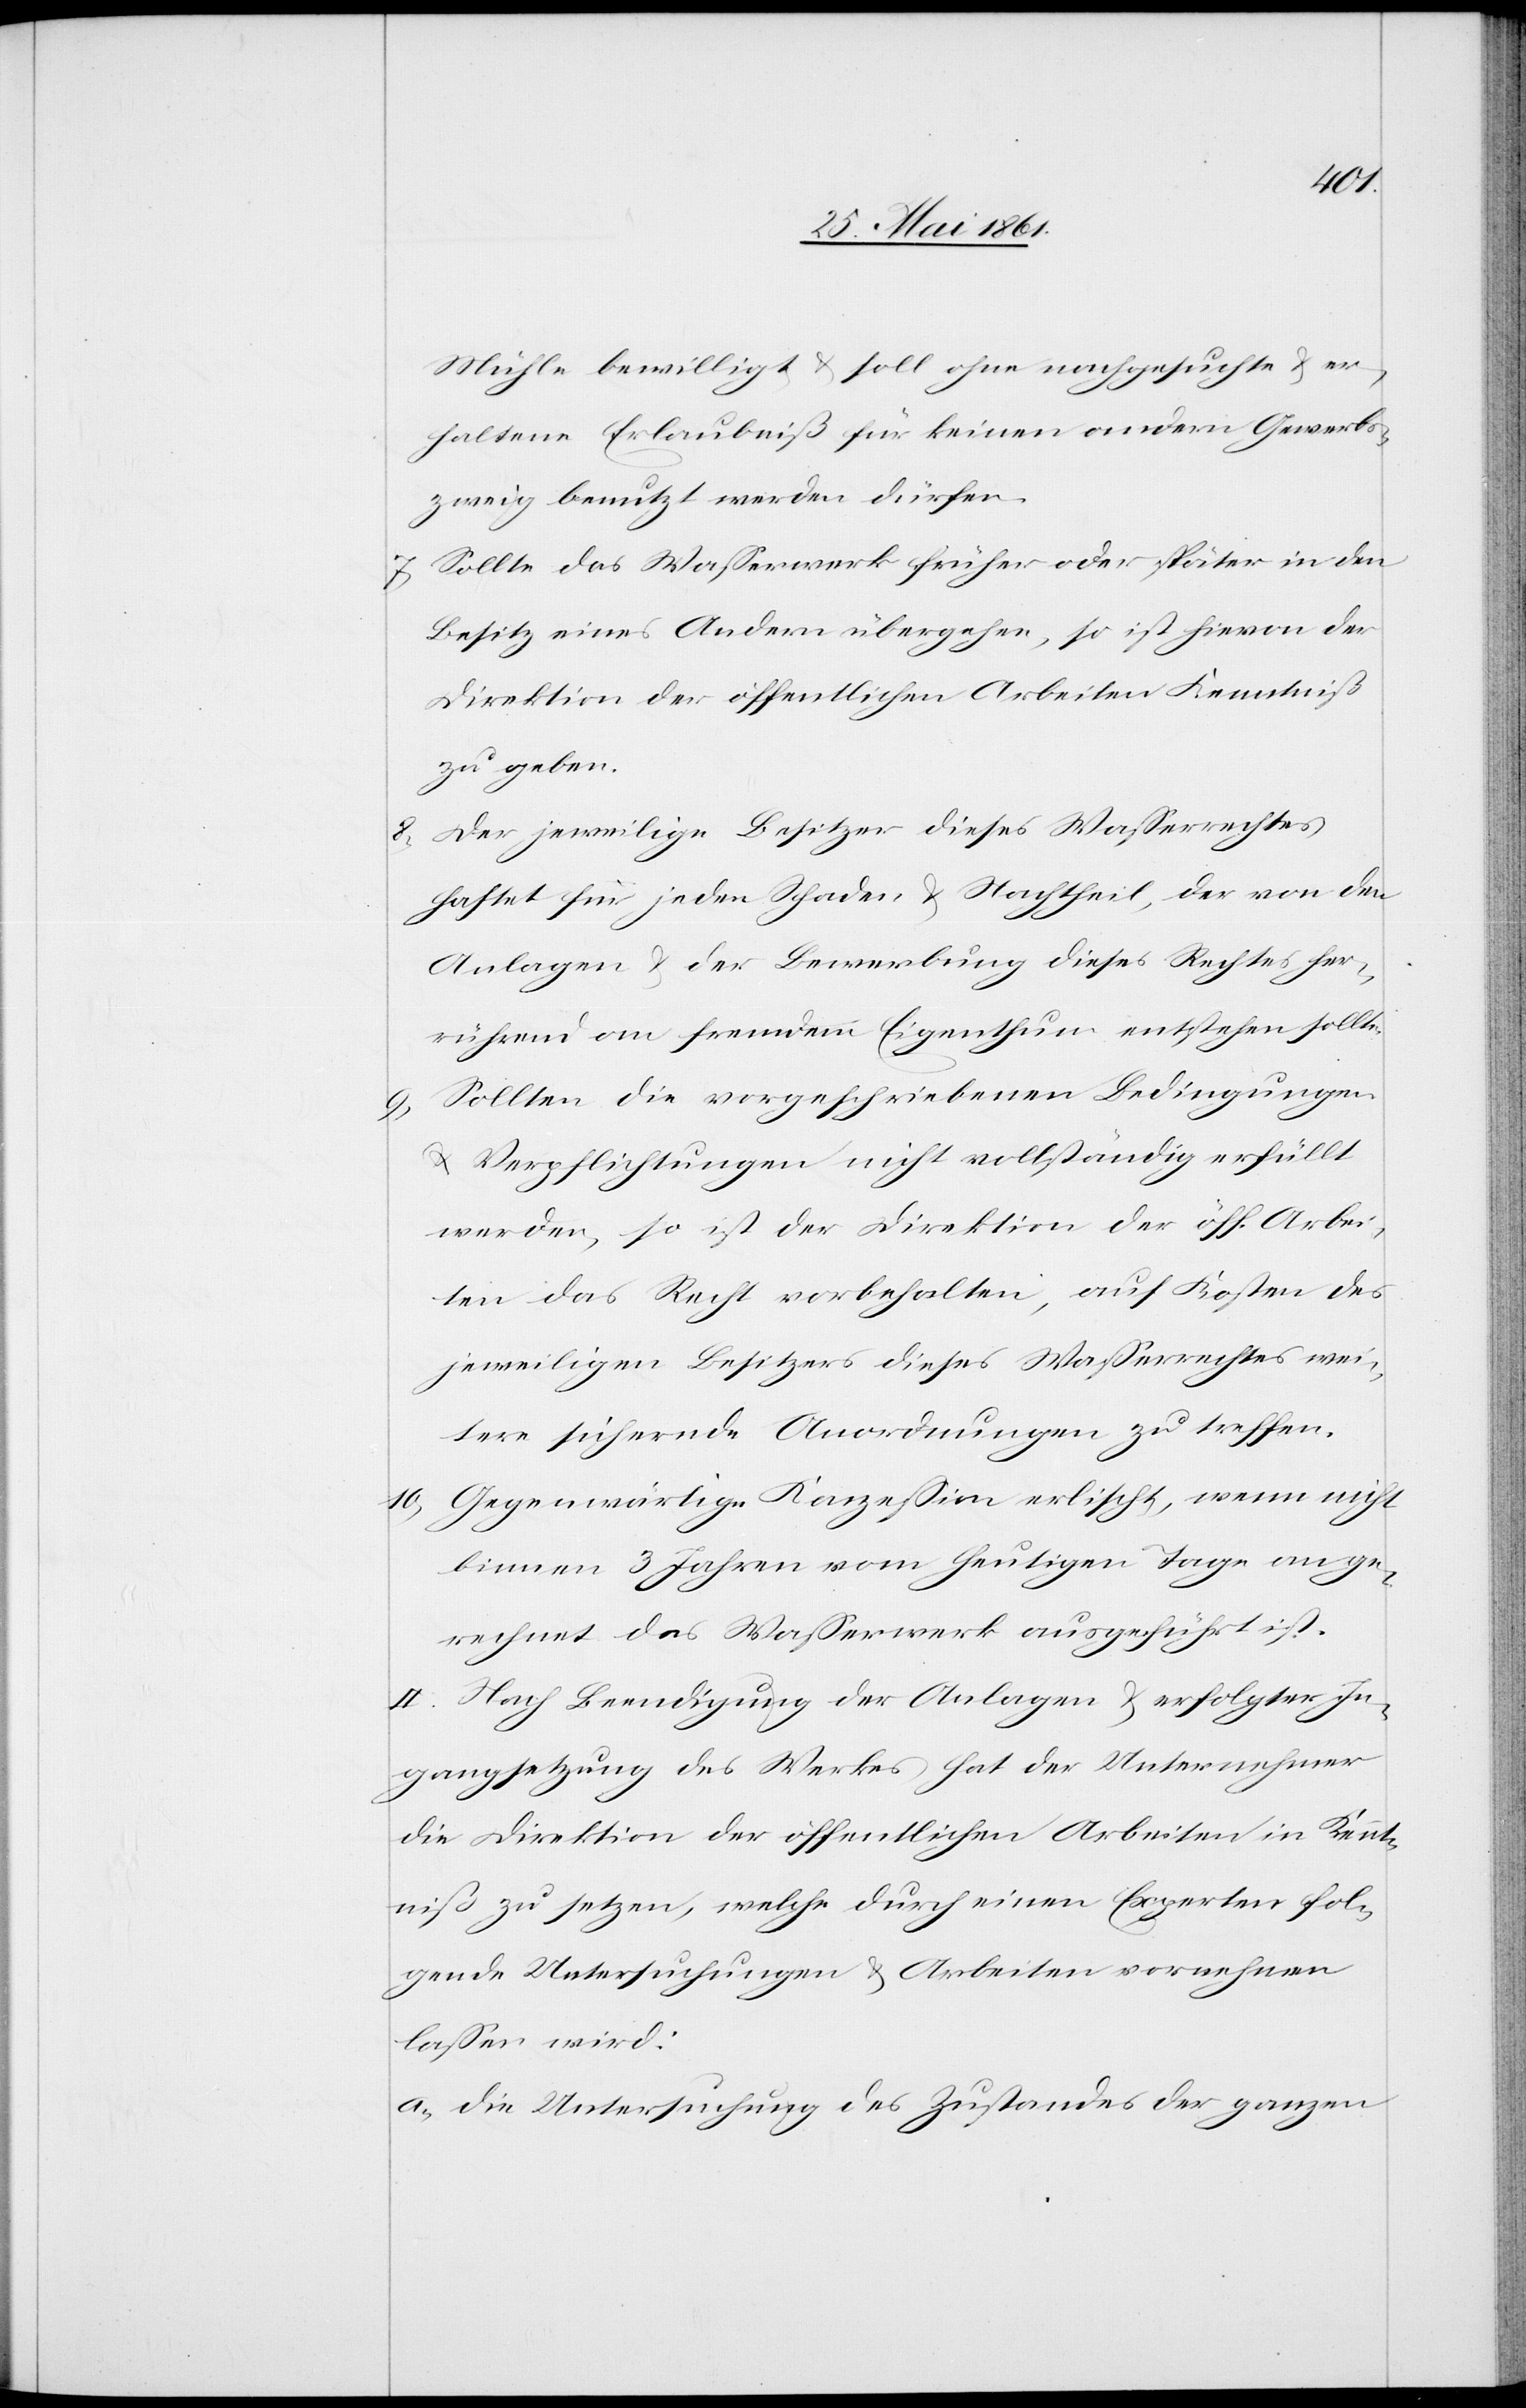
Mühle bewilligt u. soll ohne nachgesuchte u. er¬
haltene Erlaubniß für keinen andern Gewerbs¬
zweig benutzt werden dürfen.
7) Sollte das Wasserwerk früher oder später in den
Besitz eines Andern übergehen, so ist hievon der
Direktion der öffentlichen Arbeiten Kenntniß
zu geben.
8) Der jeweilige Besitzer dieses Wasserrechtes
haftet für jeden Schaden u. Nachtheil, der von den
Anlagen u. der Bewerbung dieses Rechtes her¬
rührend an fremdem Eigenthum entstehen sollte.
Sollten die vorgeschriebenen Bedingungen
u. Verpflichtungen nicht vollständig erfüllt
werden, so ist der Direktion der öff. Arbei¬
ten das Recht vorbehalten, auf Kosten des
jeweiligen Besitzers dieses Wasserrechtes wei¬
tere sichernde Anordnungen zu treffen.
10) Gegenwärtige Konzession erlischt, wenn nicht
binnen 3 Jahren vom heutigen Tage an ge¬
rechnet das Wasserwerk ausgeführt ist.
II. Nach Beendigung der Anlagen u. erfolgter In¬
gangsetzung des Werkes hat der Unternehmer
die Direktion der öffentlichen Arbeiten in Kennt¬
niß zu setzen, welche durch einen Experten fol¬
gende Untersuchungen u. Arbeiten vornehmen
lassen wird:
a) Die Untersuchung des Zustandes der ganzen